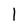
Character: l